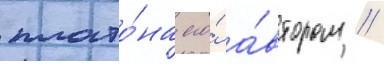
плато́на его́ а́втором //